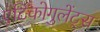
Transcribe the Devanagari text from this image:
एंटिकोगुलेंट्स